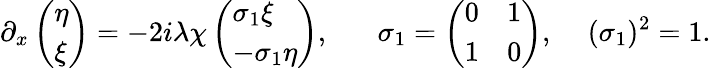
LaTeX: \partial_{x}\left(\begin{array}{l}{{\eta}}\\ {{\xi}}\end{array}\right)=-2i\lambda\chi\left(\begin{array}{l}{{\sigma_{1}\xi}}\\ {{-\sigma_{1}\eta}}\end{array}\right),\, \, \, \, \, \, \, \, \, \, \sigma_{1}=\left(\begin{array}{ll}{{0}}&{{1}}\\ {{1}}&{{0}}\end{array}\right),\, \, \, \, \, \, \, (\sigma_{1})^{2}=1.